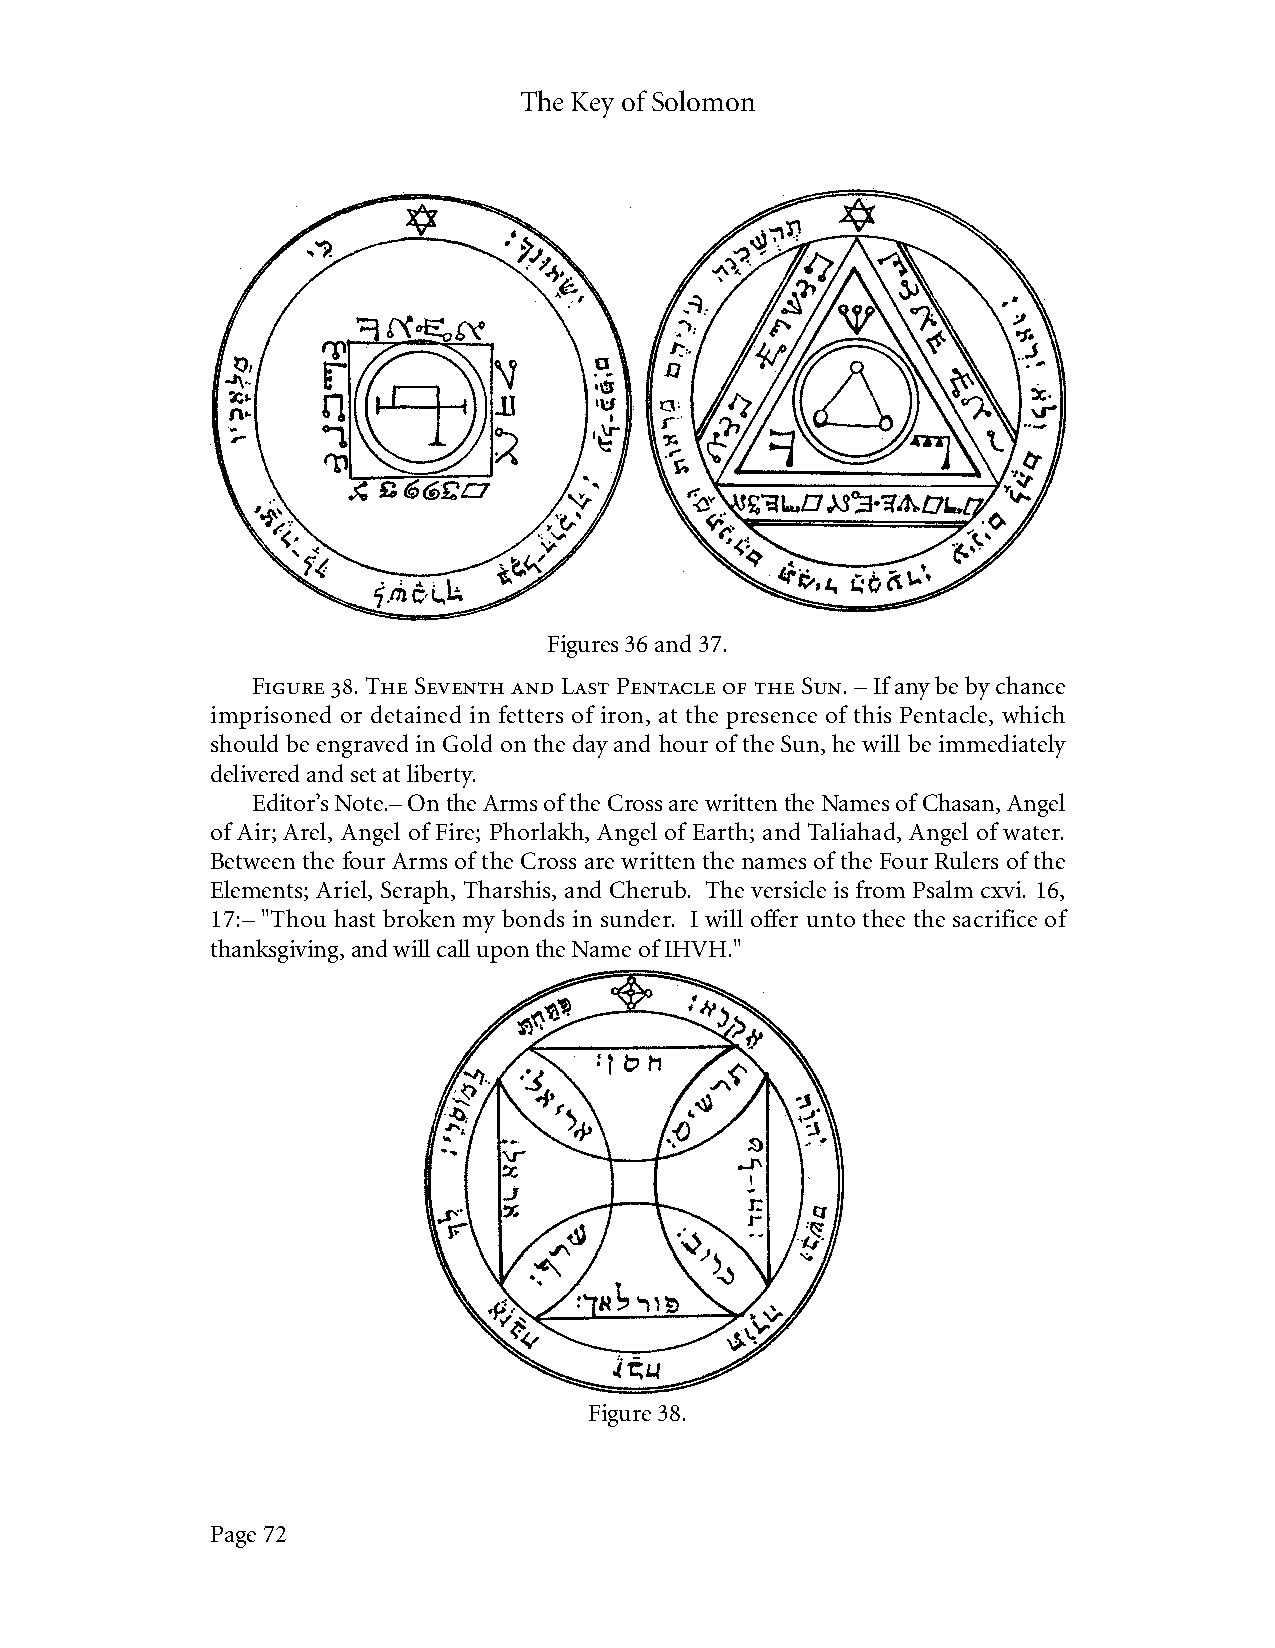
The Key of Solomon
 Figures 36 and 37.
 Figure 38. The Seventh and Last Pentacle of the Sun. – If any be by chance
 imprisoned or detained in fetters of iron, at the presence of this Pentacle, which
 should be engraved in Gold on the day and hour of the Sun, he will be immediately
 delivered and set at liberty.
 Editor’s Note.– On the Arms of the Cross are written the Names of Chasan, Angel
 of Air; Arel, Angel of Fire; Phorlakh, Angel of Earth; and Taliahad, Angel of water.
 Between the four Arms of the Cross are written the names of the Four Rulers of the
 Elements; Ariel, Seraph, Tharshis, and Cherub. The versicle is from Psalm cxvi. 16,
 17:– "Thou hast broken my bonds in sunder. I will offer unto thee the sacrifice of
 thanksgiving, and will call upon the Name of IHVH."
 Figure 38.
 Page 72